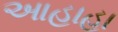
આહાહા